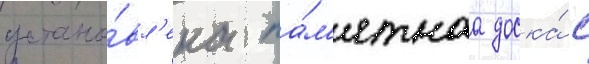
устано́вл'ена па́м'ятнаа доска́ с